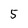
Character: 5